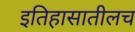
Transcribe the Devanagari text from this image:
इतिहासातीलच